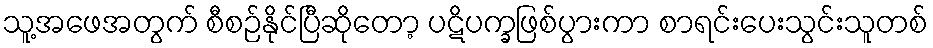
သူ့အဖေအတွက် စီစဉ်နိုင်ပြီဆိုတော့ ပဋိပက္ခဖြစ်ပွားကာ စာရင်းပေးသွင်းသူတစ်